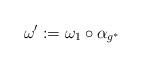
LaTeX: \begin{align*}\omega':=\omega_1\circ \alpha_{g^*}\end{align*}